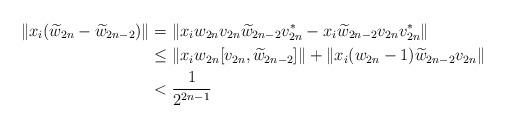
LaTeX: \begin{align*}\| x_{i} (\widetilde{w}_{2n}-\widetilde{w}_{2n-2}) \| & = \| x_i w_{2n}v_{2n}\widetilde{w}_{2n-2}v_{2n}^*- x_i \widetilde{w}_{2n-2}v_{2n}v_{2n}^*\| \\& \leq \| x_i w_{2n}[v_{2n},\widetilde{w}_{2n-2}]\| + \| x_{i}(w_{2n}-1)\widetilde{w}_{2n-2}v_{2n} \| \\& < \frac{1}{2^{2n-1}}\end{align*}